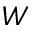
W